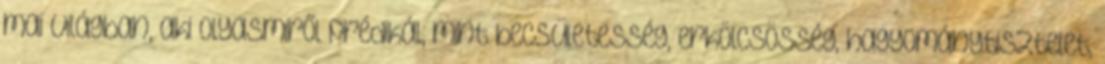
mai világban, aki olyasmiről prédikál, mint becsületesség, erkölcsösség, hagyománytisztelet,